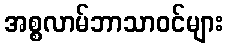
အစ္စလာမ်ဘာသာဝင်များ